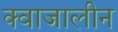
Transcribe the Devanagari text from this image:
क्वाजालीन